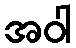
အဝါ